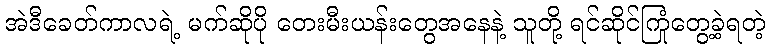
အဲဒီခေတ်ကာလရဲ့ မက်ဆိုပို တေးမီးယန်းတွေအနေနဲ့ သူတို့ ရင်ဆိုင်ကြုံတွေ့ခဲ့ရတဲ့